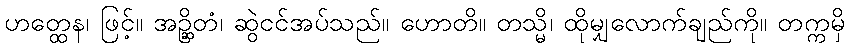
ဟတ္ထေန၊ ဖြင့်။ အဉ္ဆိတံ၊ ဆွဲငင်အပ်သည်။ ဟောတိ။ တသ္မိ၊ ထိုမျှလောက်ချည်ကို။ တက္ကမှိ